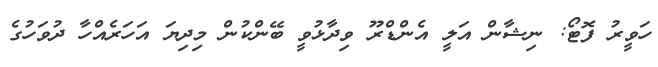
ހަވީރު ފޮޓޯ: ނިޝާން އަލީ އެންޑްރޫ ވިދާޅުވީ ބޭންކުން މިދިޔަ އަހަރެއްހާ ދުވަހުގެ